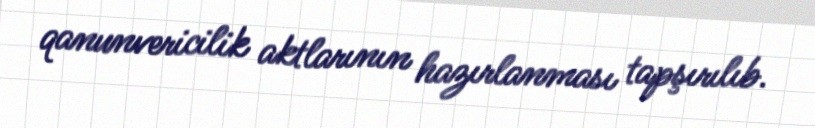
qanunvericilik aktlarının hazırlanması tapşırılıb.